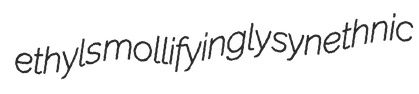
ethyls mollifyingly synethnic